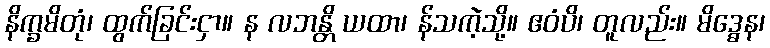
နိက္ခမိတုံ၊ ထွက်ခြင်းငှာ။ န လဘန္တိ ယထာ၊ န်သကဲ့သို့။ ဧဝံပိ၊ တူလည်း။ မိဒ္ဓေန၊